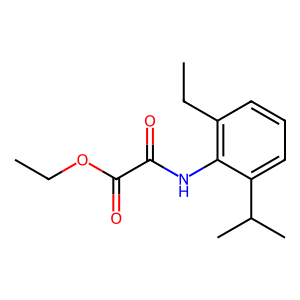
SMILES: CCOC(=O)C(=O)Nc1c(CC)cccc1C(C)C
Inhibits HIV replication: No